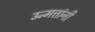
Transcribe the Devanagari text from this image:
उन्मत्तांनी